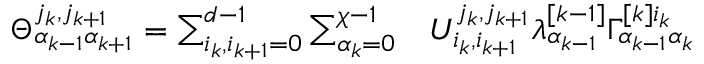
\begin{array} { r l } { \Theta _ { \alpha _ { k - 1 } \alpha _ { k + 1 } } ^ { j _ { k } , j _ { k + 1 } } = \sum _ { i _ { k } , i _ { k + 1 } = 0 } ^ { d - 1 } \sum _ { \alpha _ { k } = 0 } ^ { \chi - 1 } } & { { } U _ { i _ { k } , i _ { k + 1 } } ^ { j _ { k } , j _ { k + 1 } } \lambda _ { \alpha _ { k - 1 } } ^ { [ k - 1 ] } \Gamma _ { \alpha _ { k - 1 } \alpha _ { k } } ^ { [ k ] i _ { k } } } \end{array}